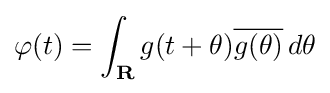
\varphi (t)=\int _{\mathbf {R} }g(t+\theta ){\overline {g(\theta )}}\,d\theta